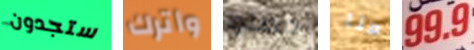
ستجدون وأترك حصلوا هنا 99.9